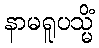
နာမရူပသ္မိံ